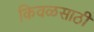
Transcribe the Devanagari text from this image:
किवळसाठी